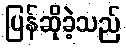
ပြန်ဆိုခဲ့သည်